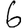
Digit: 6